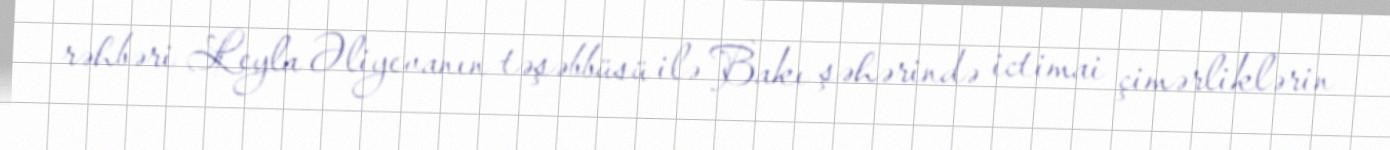
rəhbəri Leyla Əliyevanın təşəbbüsü ilə Bakı şəhərində ictimai çimərliklərin